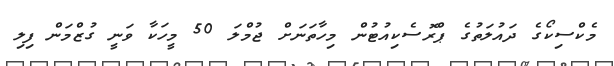
މެކްސިކޯގެ ދައުލަތުގެ ޕްރޮސެކިއުޓުން މިހާތަނަށް ޖުމްލަ 50 މީހަކާ ވަނީ ގުޒްމަން ފިލި